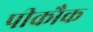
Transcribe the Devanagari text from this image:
पीकौक